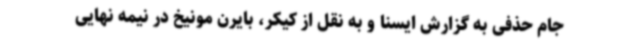
جام حذفی به گزارش ایسنا و به نقل از کیکر، بایرن مونیخ در نیمه نهایی